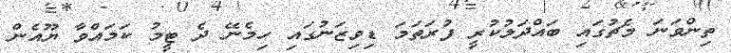
ތިންވަނަ މެޗުގައި ބައްދަލުކުރީ ފުރަތަމަ ޑިވިޒަނުގައި ހިމެނޭ ދެ ޓީމު ކަމައްވާ ޔޫއެން